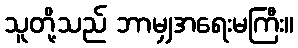
သူတို့သည် ဘာမျှအရေးမကြီး။